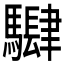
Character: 𱄵